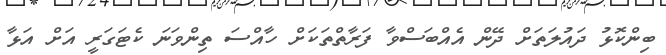
ބިންކޮޅު ދައުލަތަށް ދޭން އެއްބަސްވާ ފަރާތްތަކަށް ހާއްސަ ތިންވަނަ ކެޓަގަރީ އަށް އަޅާ